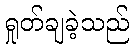
ရှုတ်ချခဲ့သည်